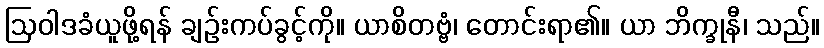
ဩဝါဒခံယူဖို့ရန် ချဉ်းကပ်ခွင့်ကို။ ယာစိတဗ္ဗံ၊ တောင်းရာ၏။ ယာ ဘိက္ခုနီ၊ သည်။